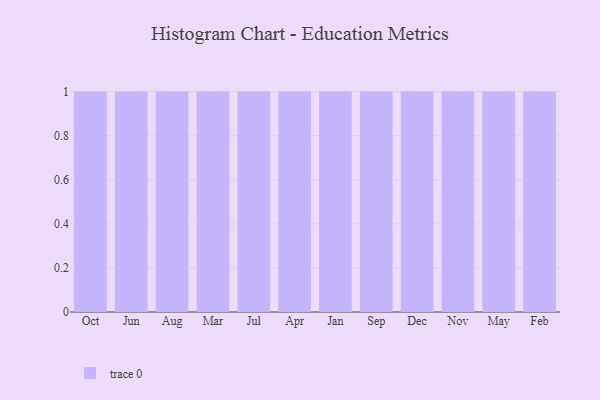
{"axis": {"x": "Month", "y": "Bounce Rate (%)"}, "legend": [""], "data": [{"x": "Oct", "y": 27, "type": ""}, {"x": "Jun", "y": 64, "type": ""}, {"x": "Aug", "y": 45, "type": ""}, {"x": "Mar", "y": 22, "type": ""}, {"x": "Jul", "y": 87, "type": ""}, {"x": "Apr", "y": 90, "type": ""}, {"x": "Jan", "y": 12, "type": ""}, {"x": "Sep", "y": 89, "type": ""}, {"x": "Dec", "y": 100, "type": ""}, {"x": "Nov", "y": 2, "type": ""}, {"x": "May", "y": 73, "type": ""}, {"x": "Feb", "y": 97, "type": ""}]}